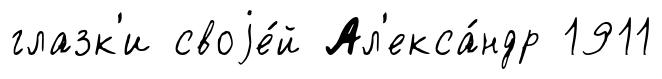
глазк'и своjе́й Ал'екса́ндр 1911